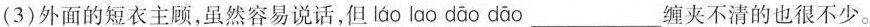
(3)外面的短衣主顾，虽然容易说话，但 láo lao dāo dāo___缠夹不清的也很不少。